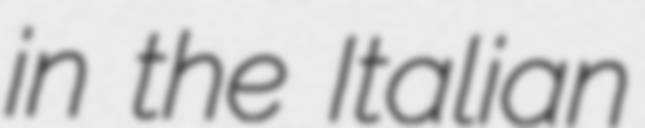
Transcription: in the Italian